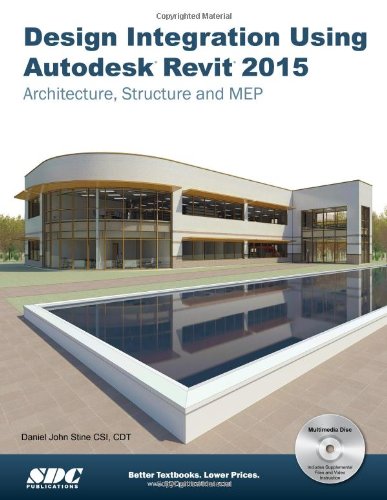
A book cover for Design Integration Using Autodesk Revit 2015: Architecture, Structure and MEP; Daniel John Stine; Computers & Technology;